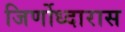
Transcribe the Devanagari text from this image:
जिर्णोध्दारास